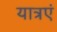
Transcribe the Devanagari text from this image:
यात्रएं